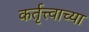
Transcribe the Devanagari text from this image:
कर्तृत्त्वाच्या